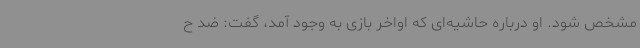
مشخص شود. او درباره حاشیه‌ای که اواخر بازی به وجود آمد، گفت: ضد ح